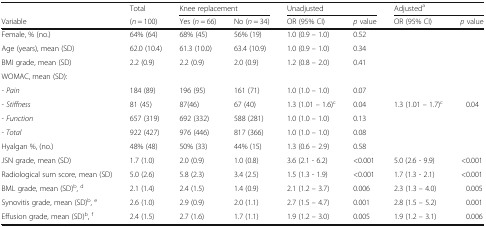
<table><thead><tr><td></td><td><b>Total</b></td><td colspan="2"><b>Knee replacement</b></td><td colspan="2"><b>Unadjusted</b></td><td colspan="2"><b>Adjusted<sup>a</sup></b></td></tr><tr><td><b>Variable</b></td><td><b>(<i>n</i> = 100)</b></td><td><b>Yes (<i>n</i> = 66)</b></td><td><b>No (<i>n</i> = 34)</b></td><td><b>OR (95% CI)</b></td><td><b><i>p</i> value</b></td><td><b>OR (95% CI)</b></td><td><b><i>p</i> value</b></td></tr></thead><tbody><tr><td>Female, % (no.)</td><td>64% (64)</td><td>68% (45)</td><td>56% (19)</td><td>1.0 (0.9 – 1.0)</td><td>0.52</td><td></td><td></td></tr><tr><td>Age (years), mean (SD)</td><td>62.0 (10.4)</td><td>61.3 (10.0)</td><td>63.4 (10.9)</td><td>1.0 (0.9 – 1.0)</td><td>0.34</td><td></td><td></td></tr><tr><td>BMI grade, mean (SD)</td><td>2.2 (0.9)</td><td>2.2 (0.9)</td><td>2.0 (0.9)</td><td>1.2 (0.8 – 2.0)</td><td>0.41</td><td></td><td></td></tr><tr><td colspan="8">WOMAC, mean (SD):</td></tr><tr><td><i>- Pain</i></td><td>184 (89)</td><td>196 (95)</td><td>161 (71)</td><td>1.0 (1.0 – 1.0)</td><td>0.07</td><td></td><td></td></tr><tr><td><i>- Stiffness</i></td><td>81 (45)</td><td>87(46)</td><td>67 (40)</td><td>1.3 (1.01 – 1.6)<sup>c</sup></td><td>0.04</td><td>1.3 (1.01 – 1.7)<sup>c</sup></td><td>0.04</td></tr><tr><td><i>- Function</i></td><td>657 (319)</td><td>692 (332)</td><td>588 (281)</td><td>1.0 (1.0 – 1.0)</td><td>0.13</td><td></td><td></td></tr><tr><td><i>- Total</i></td><td>922 (427)</td><td>976 (446)</td><td>817 (366)</td><td>1.0 (1.0 – 1.0)</td><td>0.08</td><td></td><td></td></tr><tr><td>Hyalgan %, (no.)</td><td>48% (48)</td><td>50% (33)</td><td>44% (15)</td><td>1.3 (0.6 – 2.9)</td><td>0.58</td><td></td><td></td></tr><tr><td>JSN grade, mean (SD)</td><td>1.7 (1.0)</td><td>2.0 (0.9)</td><td>1.0 (0.8)</td><td>3.6 (2.1 - 6.2)</td><td>&lt;0.001</td><td>5.0 (2.6 - 9.9)</td><td>&lt;0.001</td></tr><tr><td>Radiological sum score, mean (SD)</td><td>5.0 (2.6)</td><td>5.8 (2.3)</td><td>3.4 (2.5)</td><td>1.5 (1.3 - 1.9)</td><td>&lt;0.001</td><td>1.7 (1.3 - 2.1)</td><td>&lt;0.001</td></tr><tr><td>BML grade, mean (SD)<sup>b</sup>, <sup>d</sup></td><td>2.1 (1.4)</td><td>2.4 (1.5)</td><td>1.4 (0.9)</td><td>2.1 (1.2 – 3.7)</td><td>0.006</td><td>2.3 (1.3 – 4.0)</td><td>0.005</td></tr><tr><td>Synovitis grade, mean (SD)<sup>b</sup>, <sup>e</sup></td><td>2.6 (1.0)</td><td>2.9 (0.9)</td><td>2.0 (1.1)</td><td>2.7 (1.5 – 4.7)</td><td>0.001</td><td>2.8 (1.5 – 5.2)</td><td>0.001</td></tr><tr><td>Effusion grade, mean (SD)<sup>b</sup>, <sup>f</sup></td><td>2.4 (1.5)</td><td>2.7 (1.6)</td><td>1.7 (1.1)</td><td>1.9 (1.2 – 3.0)</td><td>0.005</td><td>1.9 (1.2 – 3.1)</td><td>0.006</td></tr></tbody></table>